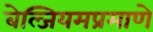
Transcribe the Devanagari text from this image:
बेल्जियमप्रमाणे